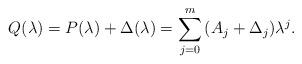
LaTeX: \begin{align*} Q(\lambda ) = P(\lambda ) + \Delta (\lambda ) = \sum\limits_{j = 0}^m {(A_j + \Delta _j )\lambda ^j }.\end{align*}